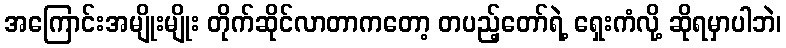
အကြောင်းအမျိုးမျိုး တိုက်ဆိုင်လာတာကတော့ တပည့်တော်ရဲ့ ရှေးကံလို့ ဆိုရမှာပါဘဲ၊